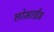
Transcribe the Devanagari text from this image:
लोभाई॥